Eesti_Vabariigi_Tartu_Ulikool, lk 22
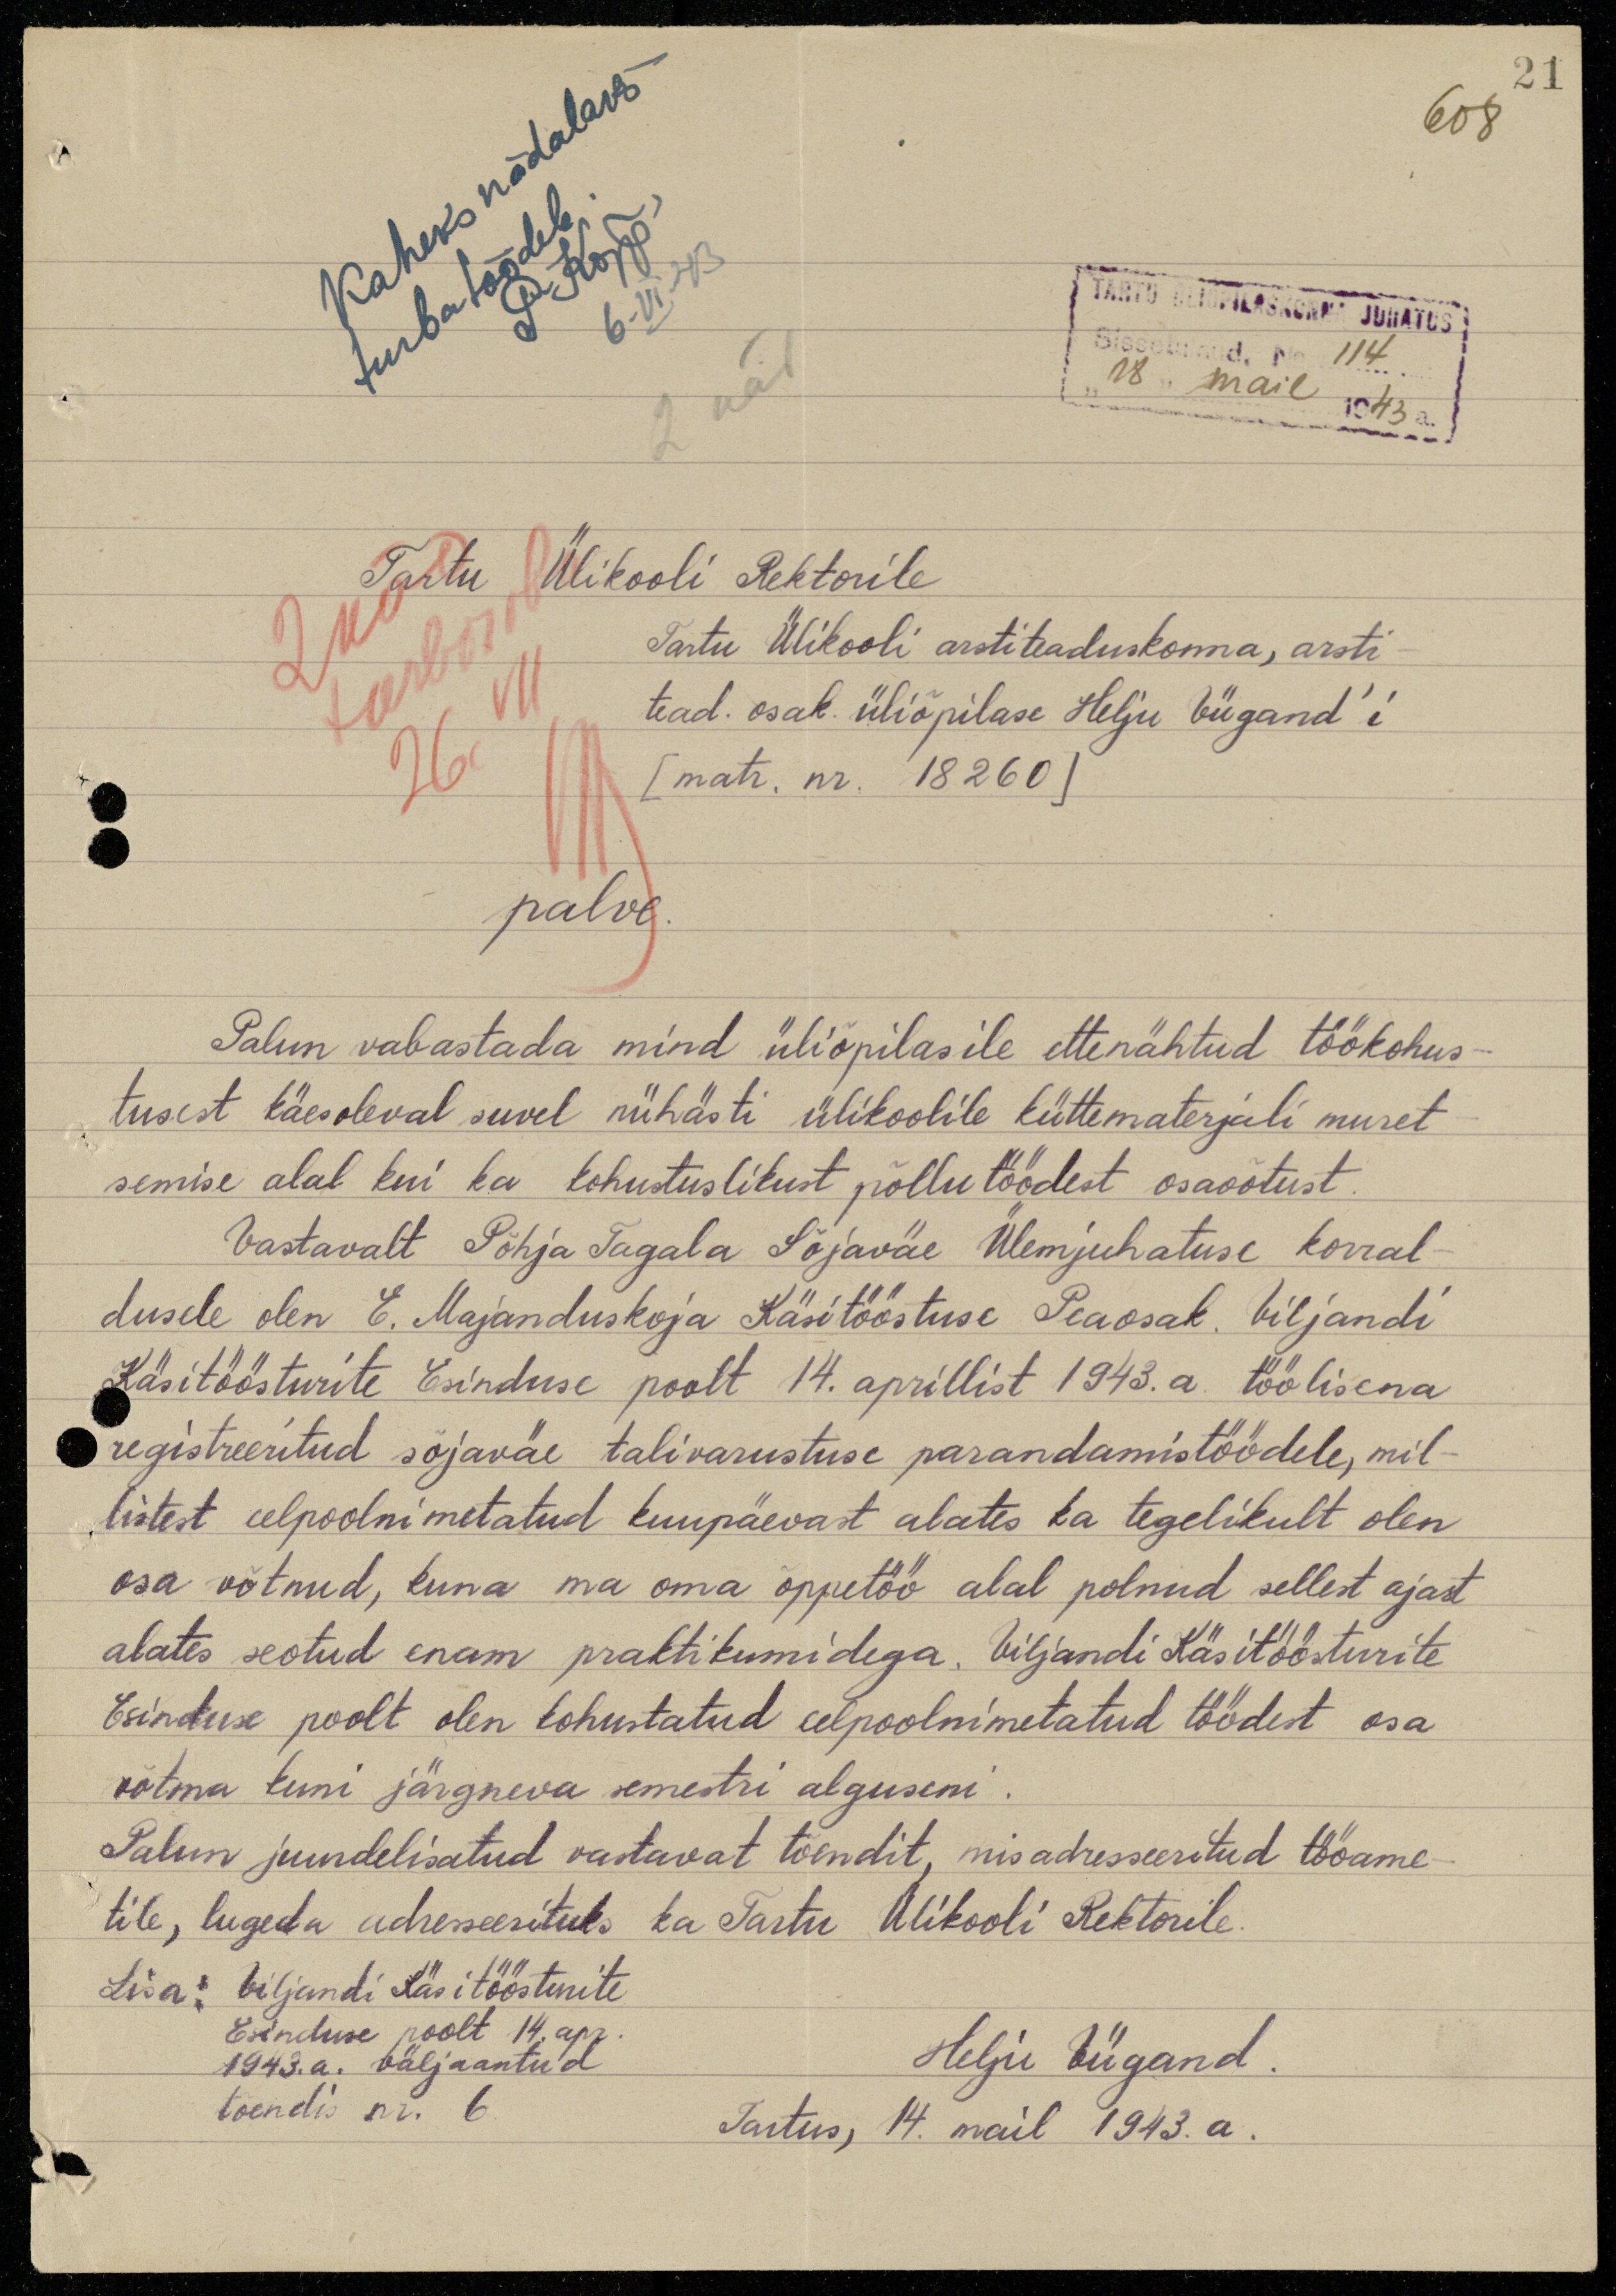
21
608
Kaheks nädalaks
P. Kõpp.
6-VI.43
TARTU ÜLIÕPILASKONNA JUHATUS
turbatöödele.
Sissetulnud. No 114
"18" mail 1943 a.
2 näd
Tartu
Ülikooli Rektorile
Tartu Ülikooli arstiteaduskonna, arsti
tead. osak üliõpilase Helju Viigand'i
[matr. nr. 18 260]
palve.
Palun vabastada mind üliõpilasile ettenähtud töökohus-
tusest käesoleval suvel niihästi ülikoolile küttematerjali muret-
semise alal kui ka kohustuslikust põllutöödest osavõtust.
Vastavalt Põhja Tagala Sõjaväe Ülemjuhatuse korral-
dusele olen E. Majanduskoja Käsitööstuse Peaosak. Viljandi
Käsitöösturite Esinduse poolt 14. aprillist 1943. a. töölisena
registreeritud sõjaväe talivarustuse parandamistöödele, mil-
listest eelpoolnimetatud kuupäevast alates ka tegelikult olen
osa võtnud, kuna ma oma õppetöö alal polnud sellest ajast
alates seotud enam praktikumidega. Viljandi Käsitöösturite
Esinduse poolt olen kohustatud eelpoolnimetatud töödest osa
võtma kuni järgneva semestri alguseni.
Palun juurdelisatud vastavat tõendit, mis adreseeritud tööame-
tile, lugeda adresseerituks ka Tartu Ülikooli Rektorile.
Lisa: Viljandi Käsitöösturite
Esinduse poolt 14. apr.
1943. a. väljaantud
tõendis nr. 6.
Helju Viigand.
Tartus, 14. mail 1943. a.